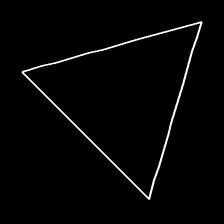
Glyph: convergence